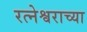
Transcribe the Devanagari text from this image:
रत्नेश्वराच्या